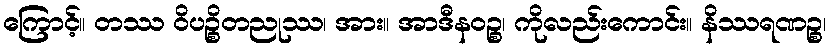
ကြောင့်။ တဿ ဝိပဉ္စိတညုဿ၊ အား။ အာဒီနဝဉ္စ၊ ကိုလည်းကောင်း။ နိဿရဏဉ္စ၊